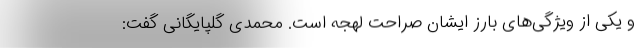
و یکی از ویژگی‌های بارز ایشان صراحت لهجه است. محمدی گلپایگانی گفت: